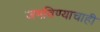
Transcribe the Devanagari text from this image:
जमविण्याचाही